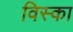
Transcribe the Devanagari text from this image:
विस्का